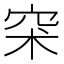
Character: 𥥇